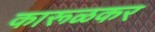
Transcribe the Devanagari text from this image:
कारूळकर